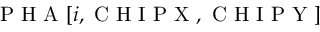
\mathrm { ~ P ~ H ~ A ~ } [ i , \mathrm { ~ C ~ H ~ I ~ P ~ X ~ } , \mathrm { ~ C ~ H ~ I ~ P ~ Y ~ } ]